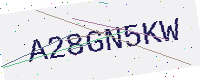
Text: A28GN5KW